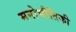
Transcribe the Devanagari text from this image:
मनोभौतिकी